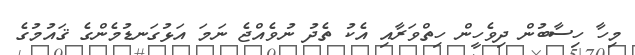
މިހާ ހިސާބުން ދިވެހީން ހިތްވަރާއި އެކު ތެދު ނުވެއްޖެ ނަމަ އަޅުގަނޑުމެންގެ ޤައުމުގެ